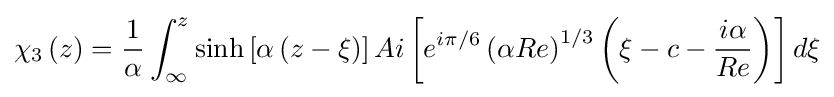
\chi _{3}\left(z\right)={\frac {1}{\alpha }}\int _{\infty }^{z}\sinh \left[\alpha \left(z-\xi \right)\right]Ai\left[e^{i\pi /6}\left(\alpha Re\right)^{1/3}\left(\xi -c-{\frac {i\alpha }{Re}}\right)\right]d\xi